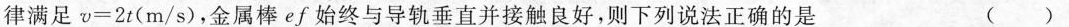
律满足$$v=2t(m/s)$$，金属棒ef始终与导轨垂直并接触良好，则下列说法正确的是 ()